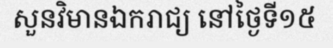
សួនវិមានឯករាជ្យ នៅថ្ងៃទី១៥